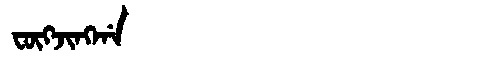
Manchu: ᡶᡡᡴᠵᡳᠩᡤᠠ
Romanization: FŪKJINGGA